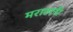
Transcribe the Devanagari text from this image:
मराठानी